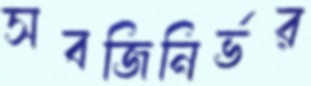
সবজিনির্ভর